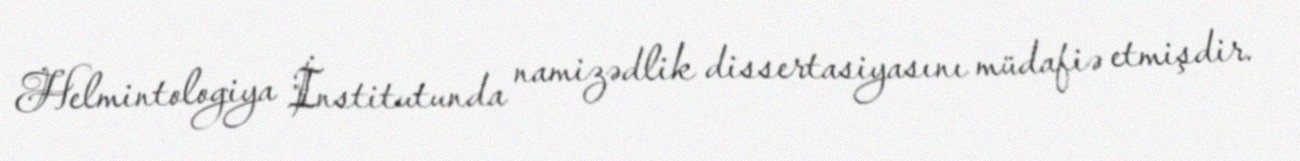
Helmintologiya İnstitutunda namizədlik dissertasiyasını müdafiə etmişdir.